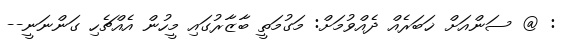
: @ ސަންއަށް ޚަބަރެއް ދެއްވުމަށް: މަގުމަތީ ބާޒާރުގައި މީހުން އެއްޗެހި ގަންނަނީ--